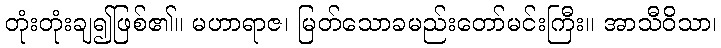
တုံးတုံးချ၍ဖြစ်၏။ မဟာရာဇ၊ မြတ်သောခမည်းတော်မင်းကြီး။ အာသီဝိသာ၊